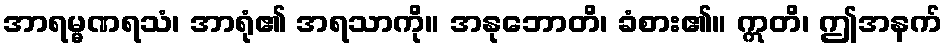
အာရမ္မဏရသံ၊ အာရုံ၏ အရသာကို။ အနုဘောတိ၊ ခံစား၏။ ဣတိ၊ ဤအနက်